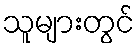
သူများတွင်